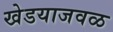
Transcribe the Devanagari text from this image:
खेडयाजवळ